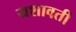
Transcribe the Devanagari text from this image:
यशावती